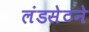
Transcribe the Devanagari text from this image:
लंडसेटने